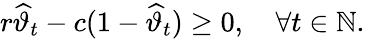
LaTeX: r\widehat{\vartheta}_{t}-c(1-\widehat{\vartheta}_{t})\geq 0,\quad\forall t\in\mathbb{N}.